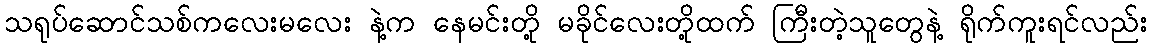
သရုပ်ဆောင်သစ်ကလေးမလေး နဲ့က နေမင်းတို့ မခိုင်လေးတို့ထက် ကြီးတဲ့သူတွေနဲ့ ရိုက်ကူးရင်လည်း